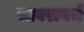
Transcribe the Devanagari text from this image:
सावरायचे